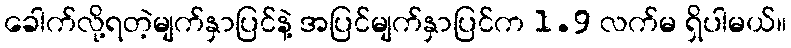
ခေါက်လို့ရတဲ့မျက်နှာပြင်နဲ့ အပြင်မျက်နှာပြင်က 1.9 လက်မ ရှိပါမယ်။